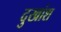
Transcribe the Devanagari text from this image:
दुखांश